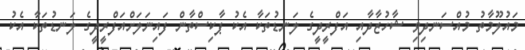
މައުލޫމާތު މުއްސަނދިވި ޝާހުޒާދާއި އަފްރީދީގެ ލަނޑުތަކާ އެކު ޕާކިސްތާން ފައިނަލަށްއަފްރީދީގެ ލަނޑުތަކާ އެކު